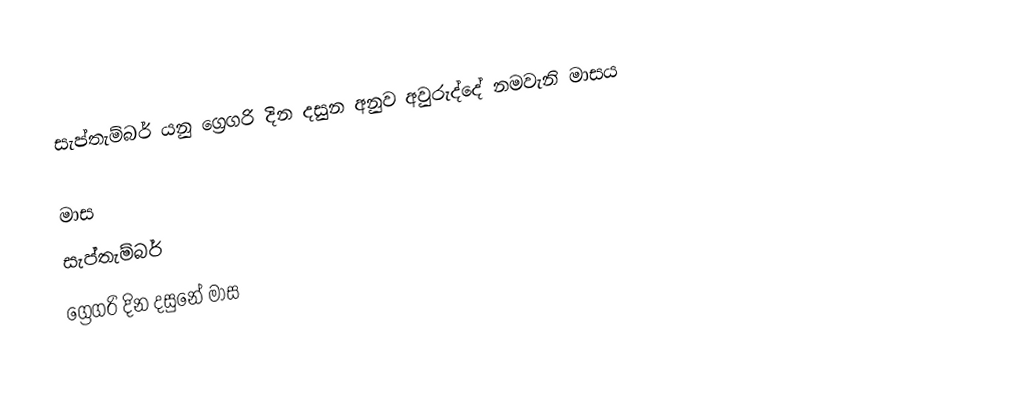
සැප්තැම්බර් යනු ග්‍රෙගරි දින දසුන අනුව අවුරුද්දේ නමවැනි මාසය

මාස
සැප්තැම්බර්
ග්‍රෙගරි දින දසුනේ මාස